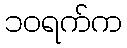
၁၀ရက်က